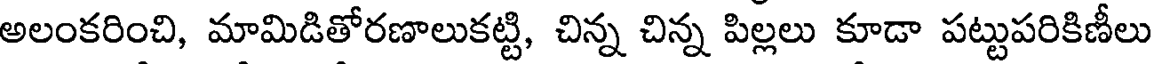
అలంకరించి, మామిడితోరణాలుకట్టి, చిన్న చిన్న పిల్లలు కూడా పట్టుపరికిణీలు